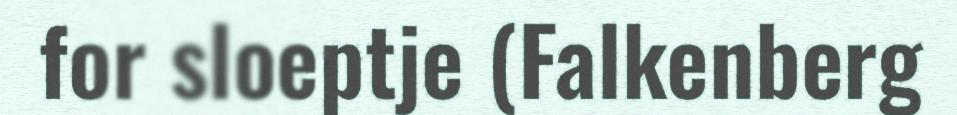
for sloeptje (Falkenberg